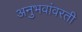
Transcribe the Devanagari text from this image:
अनुभवांवरती